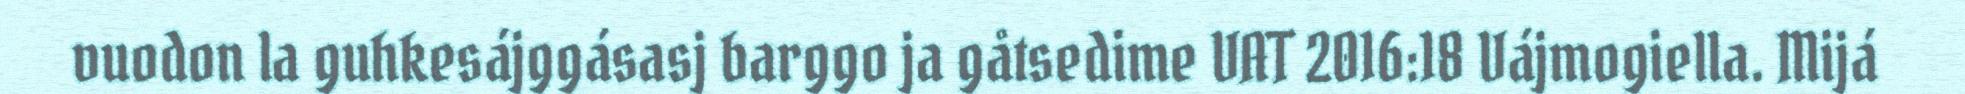
vuodon la guhkesájggásasj barggo ja gåtsedime VAT 2016:18 Vájmogiella. Mijá